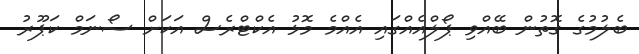
ބެލުމުގެ ގޮތުން ބޭއްވި ޕޯލްއެއްގައި އެއްމެ މޮޅު އެކްޓްރެސް އަކަށް ސޯނަމް ކަޕޫރު